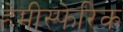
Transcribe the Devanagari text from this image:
हेमीस्फेरिक